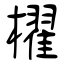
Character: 櫂